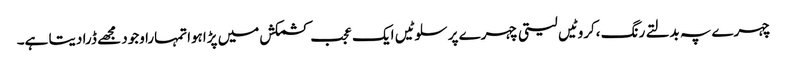
چہرے پہ بدلتے رنگ ،کروٹیں لیتی چہرے پر سلوٹیں ایک عجب کشمکش میں پڑاہواتمہارا وجود مجھے ڈرا دیتا ہے۔